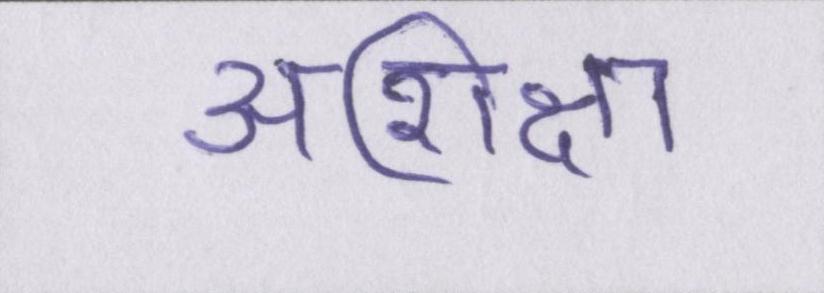
अशिक्षा